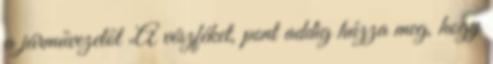
a járművezetőt „A vészféket, pont addig húzza meg, hogy